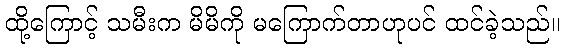
ထို့ကြောင့် သမီးက မိမိကို မကြောက်တာဟုပင် ထင်ခဲ့သည်။